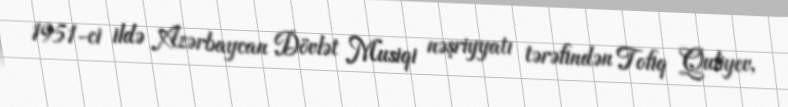
1951-ci ildə Azərbaycan Dövlət Musiqi nəşriyyatı tərəfindən Tofiq Quliyev,